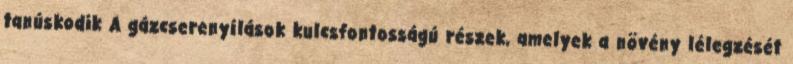
tanúskodik A gázcserenyílások kulcsfontosságú részek, amelyek a növény lélegzését